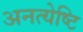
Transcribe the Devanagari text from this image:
अनत्येष्टि